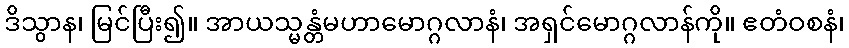
ဒိသွာန၊ မြင်ပြီး၍။ အာယသ္မန္တံမဟာမောဂ္ဂလာနံ၊ အရှင်မောဂ္ဂလာန်ကို။ ဧတံဝစနံ၊